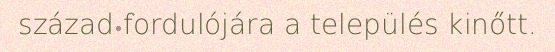
század fordulójára a település kinőtt.